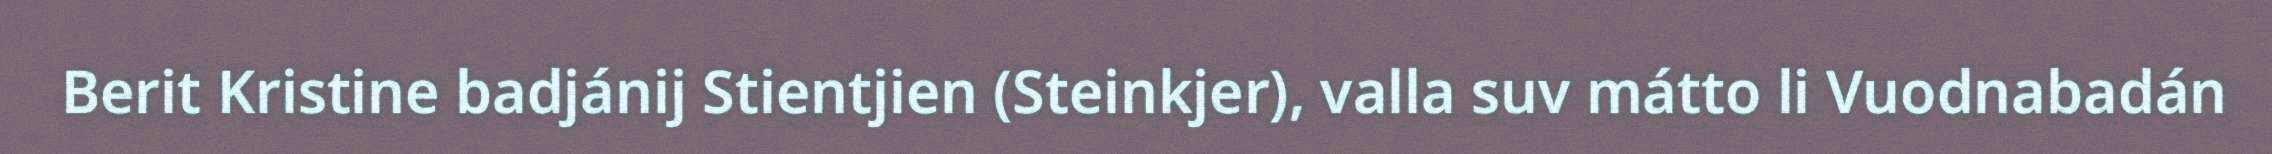
Berit Kristine badjánij Stientjien (Steinkjer), valla suv mátto li Vuodnabadán